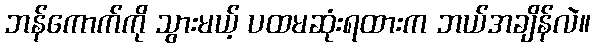
ဘန်ကောက်ကို သွားမယ့် ပထမဆုံးရထားက ဘယ်အချိန်လဲ။